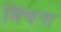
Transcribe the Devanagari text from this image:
सिंचता